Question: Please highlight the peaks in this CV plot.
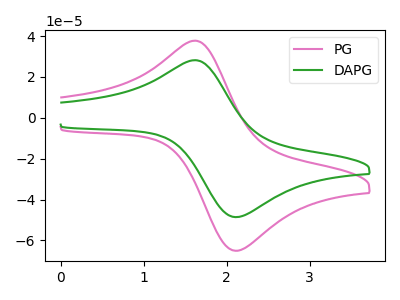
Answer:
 <answer>The pink curve "PG" has an anodic peak at (1.60V, 37.70uA) and a cathodic peak at (2.15V, -64.95uA). The green curve "DAPG" has an anodic peak at (1.60V, 28.15uA) and a cathodic peak at (2.15V, -48.50uA).</answer>
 <eval></eval>